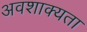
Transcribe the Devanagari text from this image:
अवशाक्यता